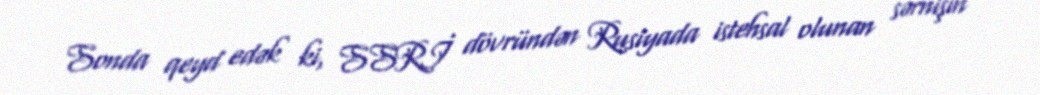
Sonda qeyd edək ki, SSRİ dövründən Rusiyada istehsal olunan sərnişin